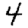
Digit: 4